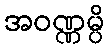
အဝဏ္ဏမ္ပိ